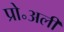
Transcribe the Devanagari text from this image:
प्रो॰अली